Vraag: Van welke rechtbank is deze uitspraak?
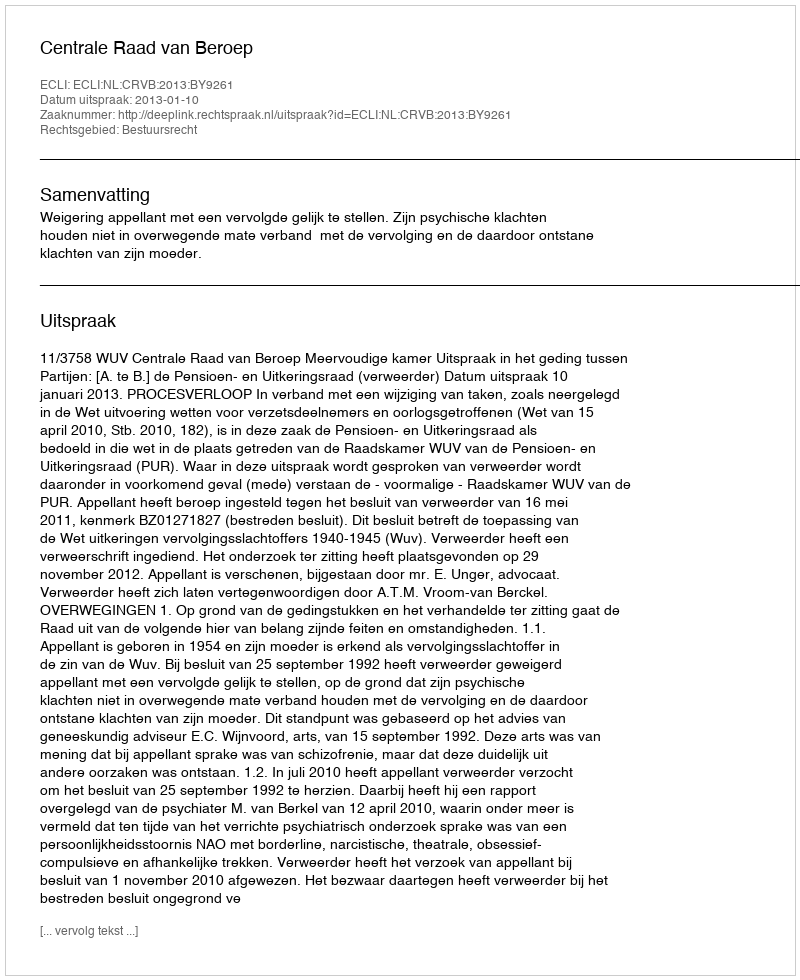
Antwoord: Centrale Raad van Beroep